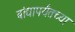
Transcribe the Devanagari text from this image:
बांद्यापर्यंतच्या